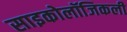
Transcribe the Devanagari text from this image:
साइकोलॉजिकली